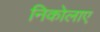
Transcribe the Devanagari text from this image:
निकोलाए